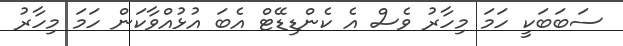
ސަބަބަކީ ހަމަ މިހާރު ވެސް އެ ކެންޑިޑޭޓް އެބަ އުޅުއްވާކަން ހަމަ މިހާރު